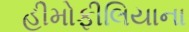
હીમોફીલિયાના